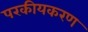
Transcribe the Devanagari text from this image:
परकीयकरण